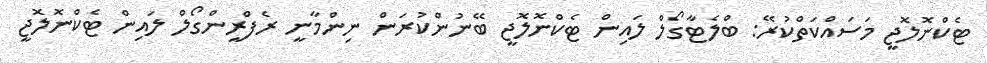
ޓެކްނޮލޮޖީ މަސައްކަތްކުރޭ: ބްލެޓާގޯލް ލައިން ޓެކްނޮލޮޖީ ބޭނުންކުރަން ނިންމާނީ ރެފްރީންގޯލް ލައިން ޓެކްނޮލޮޖީ